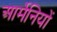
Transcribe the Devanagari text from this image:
आर्मेनियों